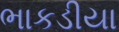
ભાકડીયા